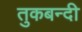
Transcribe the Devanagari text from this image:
तुकबन्दी